Calcutta medical institutions reports 1879-81 [i.e.91]
Year: 1879
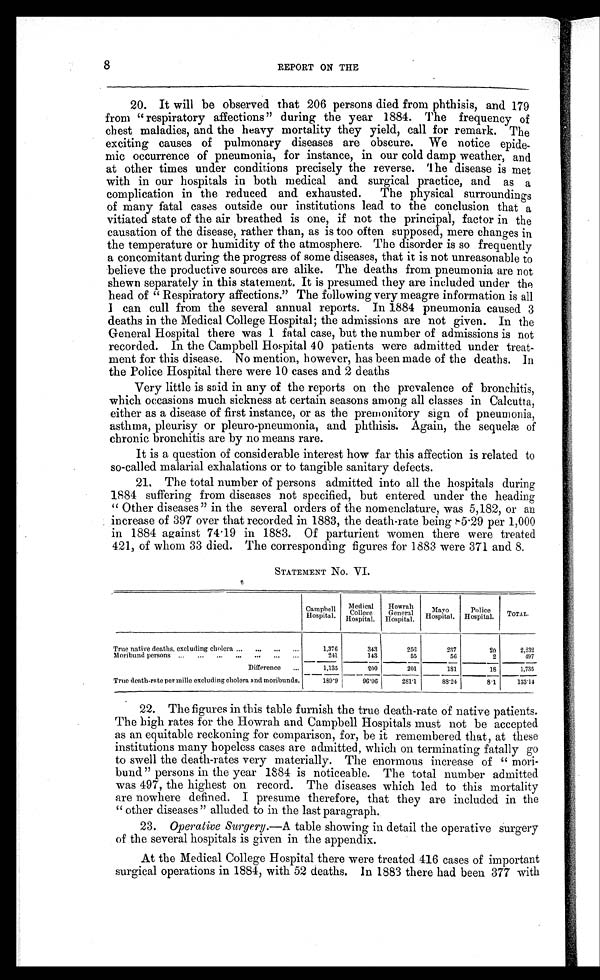
8
REPORT ON THE
20. It will be observed that 206 persons died from phthisis, and 179
from "respiratory affections" during the year 1884. The frequency of
chest maladies, and the heavy mortality they yield, call for remark. The
exciting causes of pulmonary diseases are obscure. We notice epide-
mic occurrence of pneumonia, for instance, in our cold damp weather, and
at other times under conditions precisely the reverse. The disease is met
with in our hospitals in both medical and surgical practice, and as a
complication in the reduced and exhausted. The physical surroundings
of many fatal cases outside our institutions lead to the conclusion that a
vitiated state of the air breathed is one, if not the principal, factor in the
causation of the disease, rather than, as is too often supposed, mere changes in
the temperature or humidity of the atmosphere. The disorder is so frequently
a concomitant during the progress of some diseases, that it is not unreasonable to
believe the productive sources are alike. The deaths from pneumonia are not
shewn separately in this statement. It is presumed they are included under the
head of " Respiratory affections." The following very meagre information is all
I can cull from the several annual reports. In 1884 pneumonia caused 3
deaths in the Medical College Hospital; the admissions are not given. In the
General Hospital there was 1 fatal case, but the number of admissions is not
recorded. In the Campbell Hospital 40 patients were admitted under treat-
ment for this disease. No mention, however, has been made of the deaths. In
the Police Hospital there were 10 cases and 2 deaths
Very little is said in any of the reports on the prevalence of bronchitis,
which occasions much sickness at certain seasons among all classes in Calcutta,
either as a disease of first instance, or as the premonitory sign of pneumonia,
asthma, pleurisy or pleuro-pneumonia, and phthisis. Again, the sequelæ of
chronic bronchitis are by no means rare.
It is a question of considerable interest how far this affection is related to
so-called malarial exhalations or to tangible sanitary defects.
21. The total number of persons admitted into all the hospitals during
1884 suffering from diseases not specified, but entered under the heading
" Other diseases" in the several orders of the nomenclature, was 5,182, or an
increase of 397 over that recorded in 1883, the death-rate being 85 .29 per 1,000
in 1884 against 74.19 in 1883. Of parturient women there were treated
421, of whom 33 died. The corresponding figures for 1883 were 371 and 8.
STATEMENT No. VI.
C a m p b e l l H o s p i t a l .
Medical
c o l l e g e H o s p i t a l .
Howrah
General
Hospital.
Ma y o
Hospital.
Police
Hospital. TOTAL.
True native deaths, excluding cholera ... ... ...
1,376
343
256
237
20
2, 232
Moribund persons ... ... ...
...
... ...
...
2 4 1
143
55
56
2
497
Difference ...
1,135
200
201
181
18
1,735
True death-rate per mille excluding cholera and moribunds.
189.9
96.06
281.1
88.24
8.1
133.14
22. The figures in this table furnish the true death-rate of native patients.
The high rates for the Howrah and Campbell Hospitals must not be accepted
as an equitable reckoning for comparison, for, be it remembered that, at these
institutions many hopeless cases are admitted, which on terminating fatally go
to swell the death-rates very materially. The enormous increase of " mori-
bund " persons in the year 1884 is noticeable. The total number admitted
was 497, the highest on record. The diseases which led to this mortality
are nowhere defined. I presume therefore, that they are included in the
" other diseases " alluded to in the last paragraph.
23. Operative Surgery. —A table showing in detail the operative surgery
of the several hospitals is given in the appendix.
At the Medical College Hospital there were treated 416 cases of important
surgical operations in 1884, with 52 deaths. In 1883 there had been 377 with